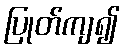
ပြုတ်ကျ၍